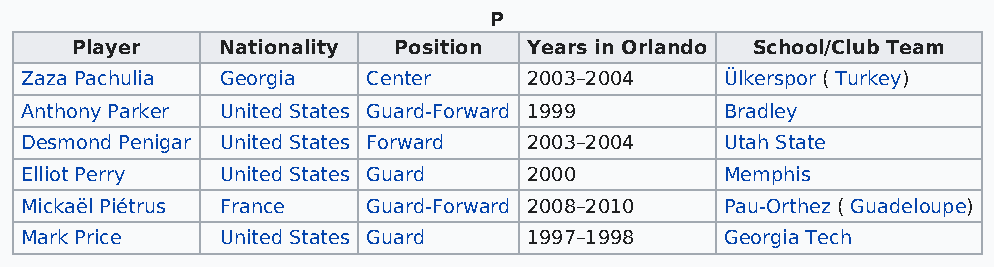
P
 Player   Nationality Position Years in Orlando School/Club Team
 Zaza Pachulia Georgia  Center     2003–2004    Ülkerspor ( Turkey)
 Anthony Parker United States Guard-Forward 1999 Bradley
 Desmond Penigar United States Forward 2003–2004 Utah State
 Elliot Perry  United States Guard 2000         Memphis
 Mickaël Piétrus France Guard-Forward 2008–2010 Pau-Orthez ( Guadeloupe)
 Mark Price    United States Guard 1997–1998    Georgia Tech